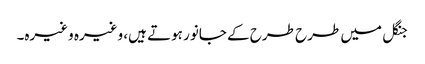
جنگل میں طرح طرح کے جانور ہوتے ہیں، وغیرہ وغیرہ۔